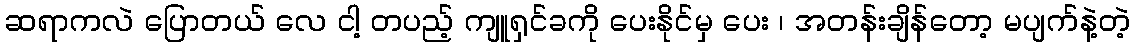
ဆရာကလဲ ပြောတယ် လေ ငါ့ တပည့် ကျူရှင်ခကို ပေးနိုင်မှ ပေး ၊ အတန်းချိန်တော့ မပျက်နဲ့တဲ့